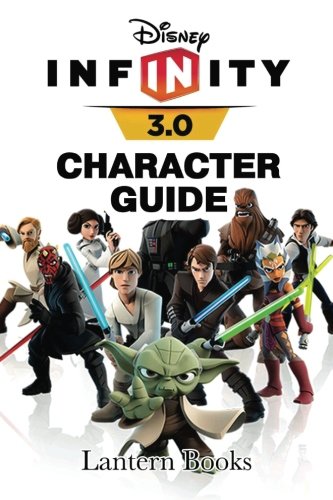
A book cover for Disney Infinity: 3.0 - Character Guide; Lantern Books; Humor & Entertainment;